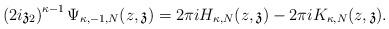
LaTeX: \begin{align*}\left(2i\mathfrak{z}_2\right)^{\kappa-1}\Psi_{\kappa,-1,N}(z,\mathfrak{z})=2\pi i H_{\kappa,N}(z,\mathfrak{z}) -2\pi i K_{\kappa,N}(z,\mathfrak{z}).\end{align*}